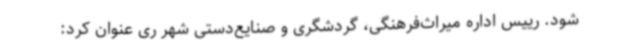
شود. رییس اداره میراث‌فرهنگی، گردشگری و صنایع‌دستی شهر ری عنوان کرد: